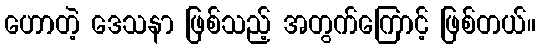
ဟောတဲ့ ဒေသနာ ဖြစ်သည့် အတွက်ကြောင့် ဖြစ်တယ်။